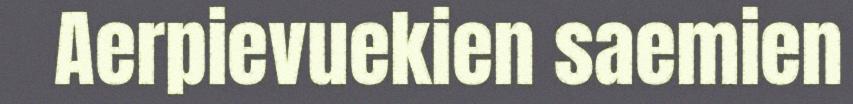
Aerpievuekien saemien